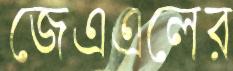
জেএএলের